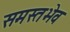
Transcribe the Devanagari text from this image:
समस्तभेव